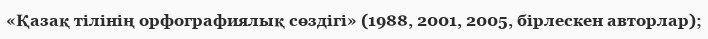
«Қазақ тілінің орфографиялық сөздігі» (1988, 2001, 2005, бірлескен авторлар);